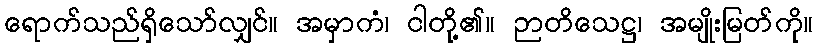
ရောက်သည်ရှိသော်လျှင်။ အမှာကံ၊ ငါတို့၏။ ဉာတိသေဋ္ဌ၊ အမျိုးမြတ်ကို။